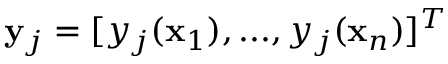
\mathbf y _ { j } = [ y _ { j } ( \mathbf x _ { 1 } ) , . . . , y _ { j } ( \mathbf x _ { n } ) ] ^ { T }